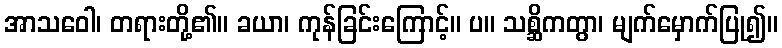
အာသဝေါ၊ တရားတို့၏။ ခယာ၊ ကုန်ခြင်းကြောင့်။ ပ။ သစ္ဆိကတွာ၊ မျက်မှောက်ပြု၍။